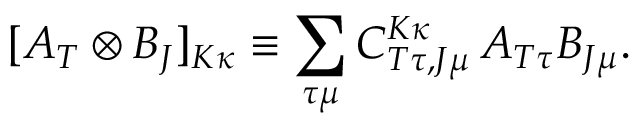
[ A _ { T } \otimes B _ { J } ] _ { K \kappa } \equiv \sum _ { \tau \mu } C _ { T \tau , J \mu } ^ { K \kappa } \, A _ { T \tau } B _ { J \mu } .